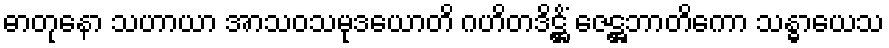
ဓာတုနော သဟာယာ အာသဝသမုဒယောတိ ဂဟိတဒိဋ္ဌိံ ဇေဋ္ဌဘာတိကော သန္ဓာယေသ